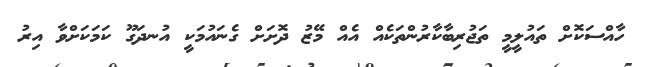
ހާއްސަކޮށް ތައުލީމީ ތަޖުރިބާކާރުންތަކެއް އެއް މޭޒު ދޮށަށް ގެނައުމަކީ އުނދަގޫ ކަމަކަށްވާ އިރު